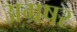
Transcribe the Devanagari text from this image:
अग्रषर